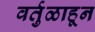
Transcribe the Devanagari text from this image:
वर्तुळाहून